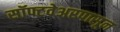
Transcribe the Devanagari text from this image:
सॉफ्टवेअरपासून